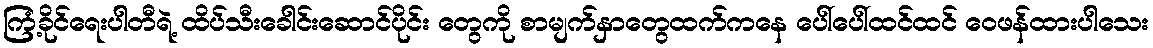
ကြံ့ခိုင်ရေးပါတီရဲ့ ထိပ်သီးခေါင်းဆောင်ပိုင်း တွေကို စာမျက်နှာတွေထက်ကနေ ပေါ်ပေါ်ထင်ထင် ဝေဖန်ထားပါသေး